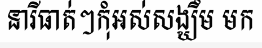
នារីធាត់ៗកុំអស់សង្ឃឹម មក